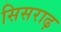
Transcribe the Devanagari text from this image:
सिसराढ़